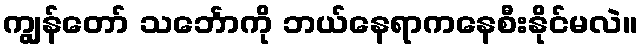
ကျွန်တော် သင်္ဘောကို ဘယ်နေရာကနေစီးနိုင်မလဲ။